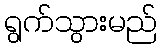
ရွက်သွားမည်